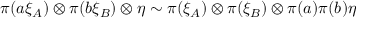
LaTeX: \pi ( a \xi _ { \cal A } ) \otimes \pi ( b \xi _ { \cal B } ) \otimes \eta \sim \pi ( \xi _ { \cal A } ) \otimes \pi ( \xi _ { \cal B } ) \otimes \pi ( a ) \pi ( b ) \eta